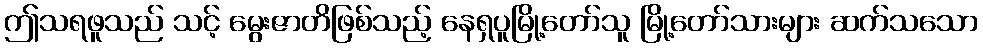
ဤသရဖူသည် သင့် မွေးဇာတိဖြစ်သည့် နေရှပူမြို့တော်သူ မြို့တော်သားများ ဆက်သသော